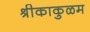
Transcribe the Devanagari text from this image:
श्रीकाकुळम